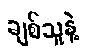
ချစ်သူနဲ့